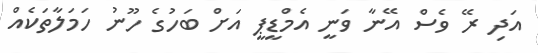
އަދި ރޭ ވެސް އޭނާ ވަނީ އެމްޑީޕީ އަށް ބަހުގެ ހޫނު ހަމަލާތަކެއް